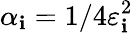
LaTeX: \alpha_{\mathbf{i}}=1/4\varepsilon_{\mathbf{i}}^{2}